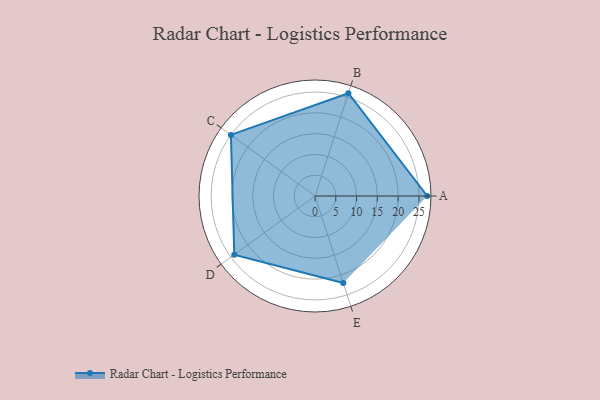
{"axis": {"x": "Skill", "y": "Score"}, "legend": ["Profile"], "data": [{"x": "A", "y": 27.0, "type": "Profile"}, {"x": "B", "y": 26.0, "type": "Profile"}, {"x": "C", "y": 25.0, "type": "Profile"}, {"x": "D", "y": 24.0, "type": "Profile"}, {"x": "E", "y": 22.0, "type": "Profile"}]}